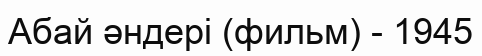
Абай әндері (фильм) - 1945